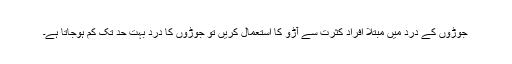
جوڑوں کے درد میں مبتلا افراد کثرت سے آڑو کا استعمال کریں تو جوڑوں کا درد بہت حد تک کم ہوجاتا ہے۔